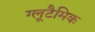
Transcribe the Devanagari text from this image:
ग्लूटैमिक